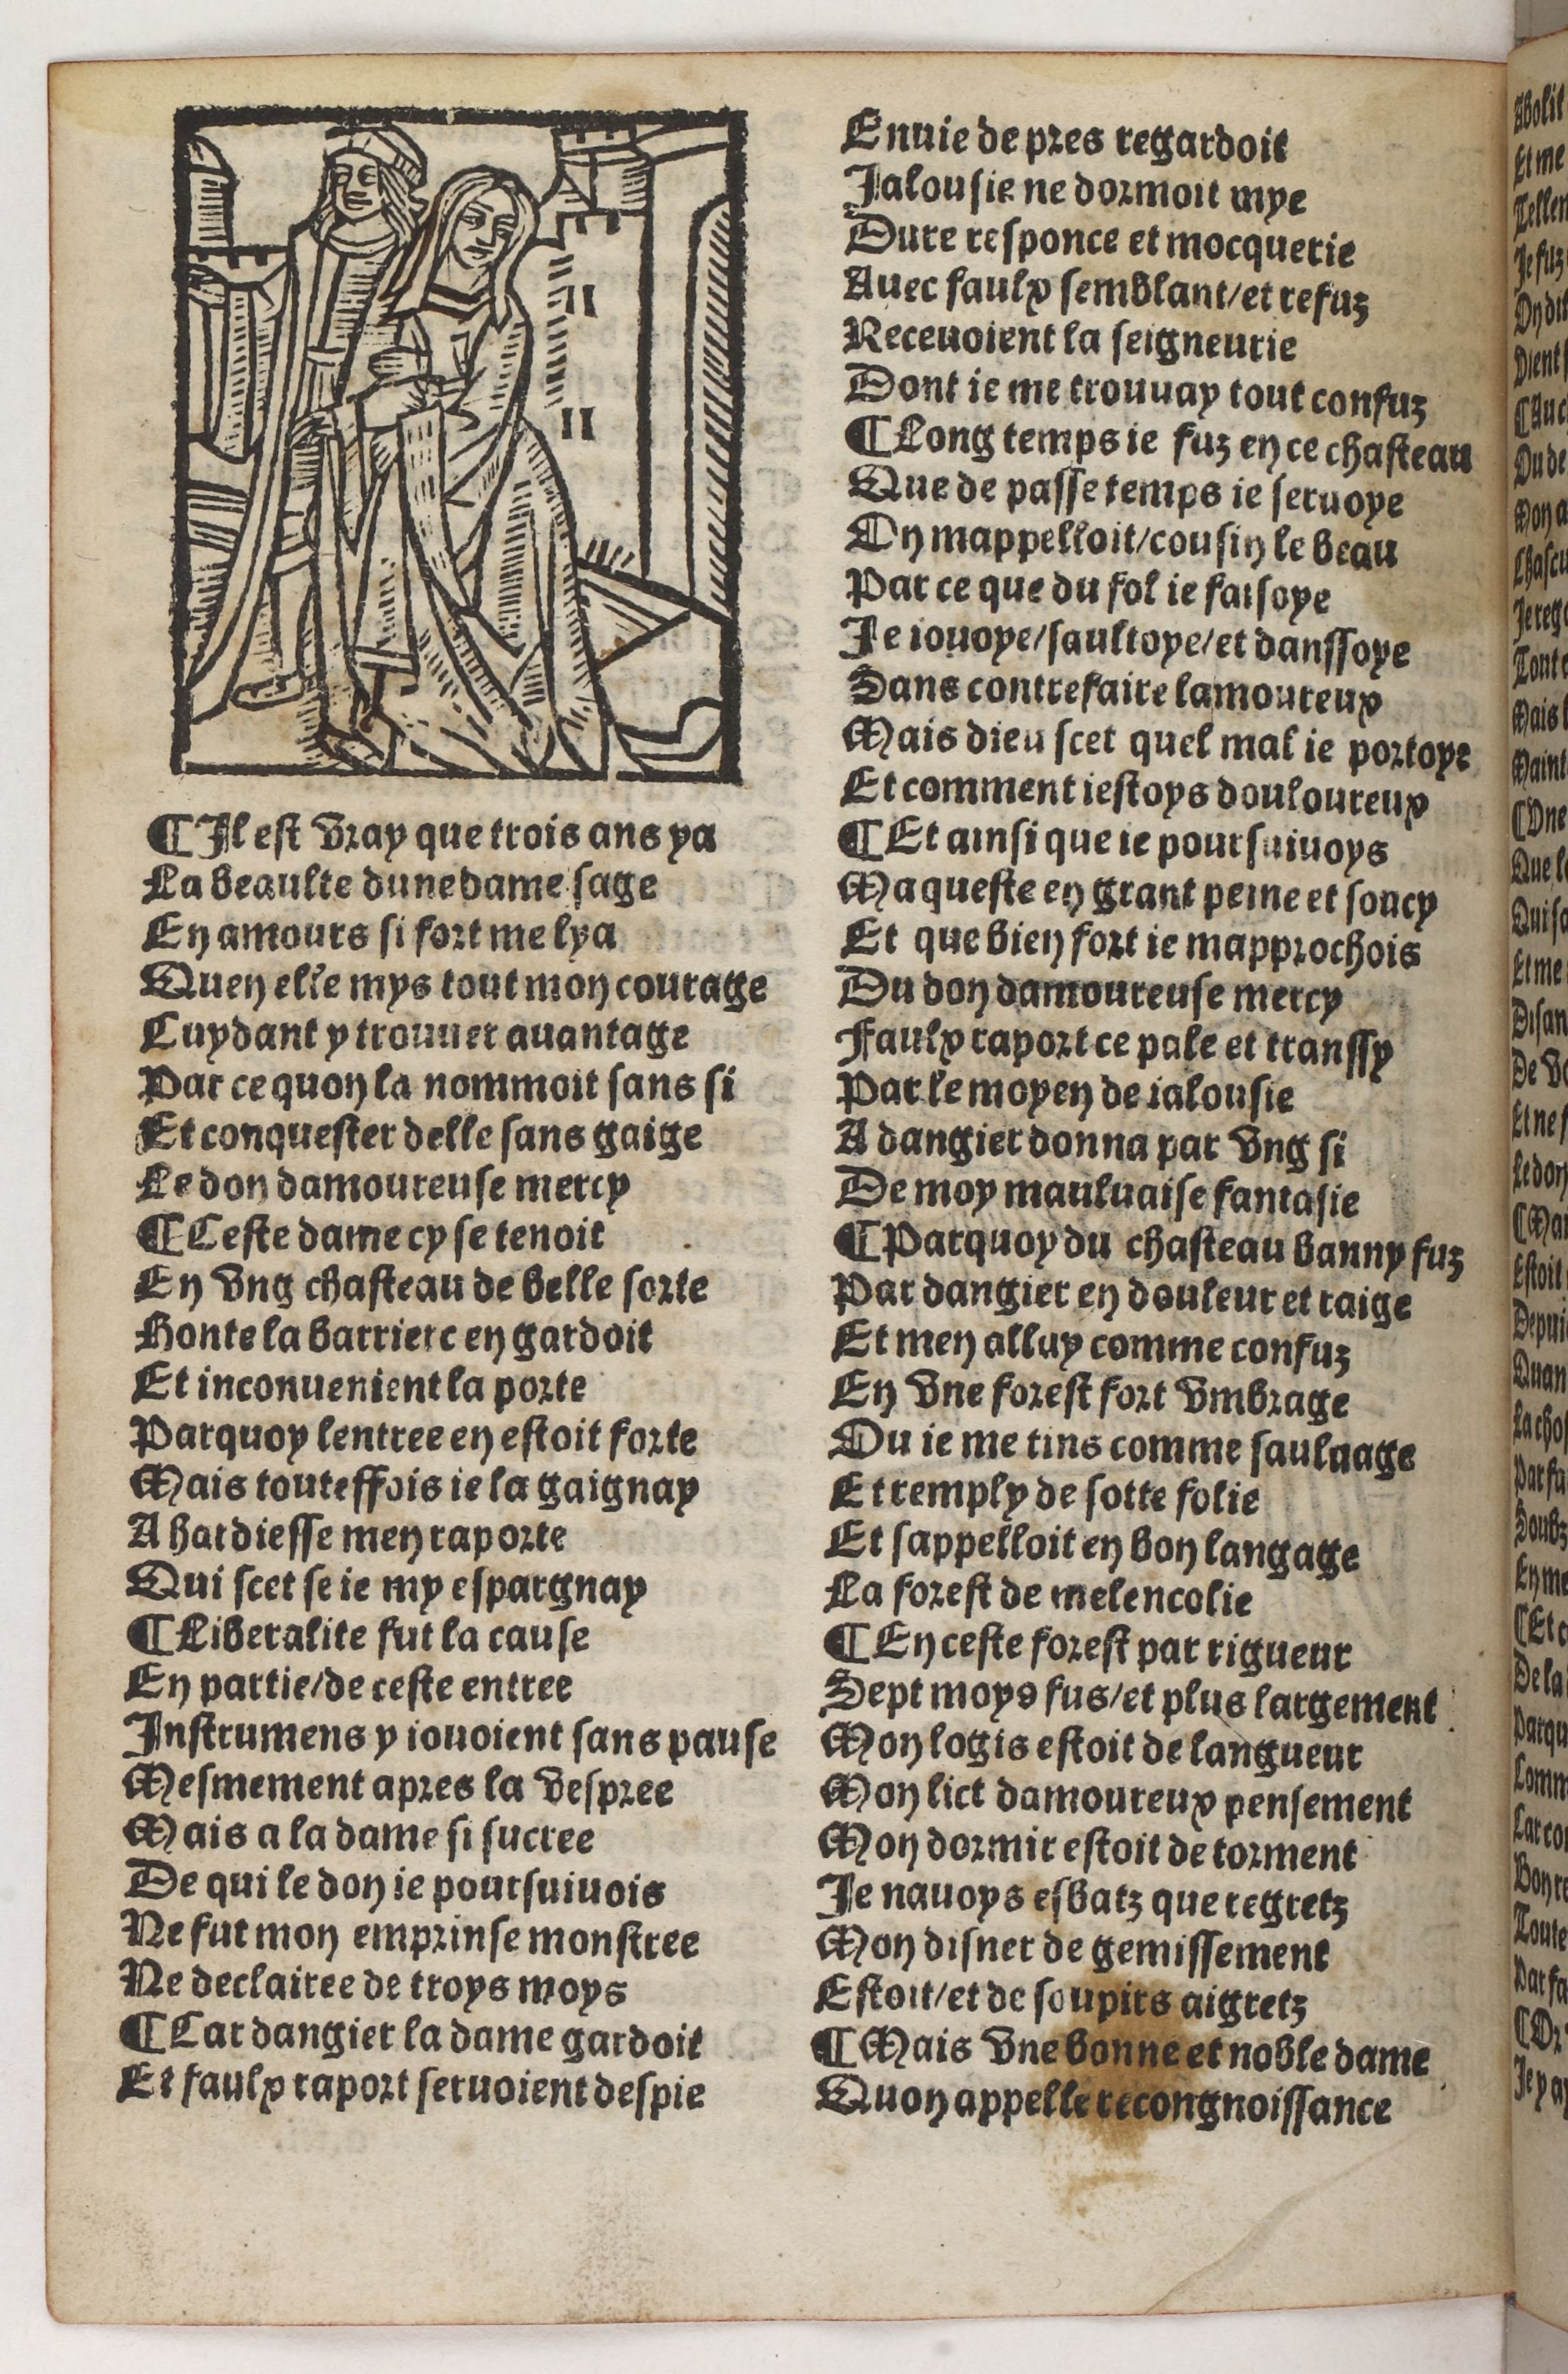
Shelfmark: Paris, BnF, Rés. Y2-930
Century: 15